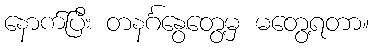
နောက်ပြီး တနင်္ဂနွေတွေ့မှ မတွေ့ရတာ။